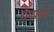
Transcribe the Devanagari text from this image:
रोगप्रवण